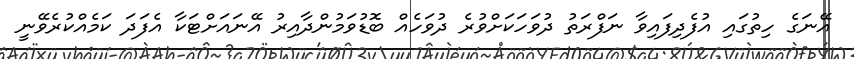
އޭނަގެ ހިތުގައި އުފެދިފައިވާ ނަފްރަތު ދުވަހަކަށްވުރެ ދުވަހެއް ބޮޑުވަމުންދާއިރު އޭނައަށްޓަކާ އެފަދަ ކަމެއްކުރެވޭނީ